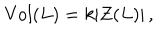
\mathrm { V o l } ( L ) = k | Z ( L ) | \, ,